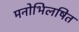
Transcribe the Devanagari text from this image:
मनोभिलषित